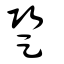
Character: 跫